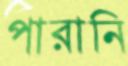
পারানি